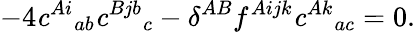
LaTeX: -4{\mathit c}^{Ai}{}_{ab}{\mathit c}^{Bjb}{}_{c}-\delta^{AB}f^{Aijk}{\mathit c}^{Ak}{}_{ac}=0.